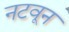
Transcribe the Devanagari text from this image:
नटवून